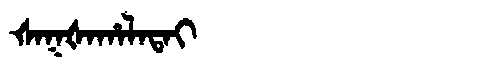
Manchu: ᡧᠠᡴᡧᠠᡥᠠᠯᠠᡨᠠᡳ
Romanization: ŠAKŠAHALATAI